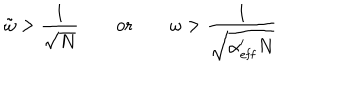
LaTeX: \tilde { \omega } > \frac { 1 } { \sqrt { N } } \qquad \mathrm { o r } \qquad \omega > \frac { 1 } { \sqrt { \alpha _ { \mathrm { e f f } } ^ { \prime } N } }